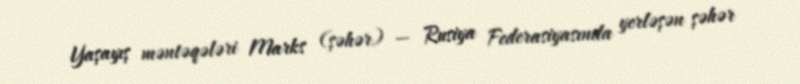
Yaşayış məntəqələri Marks (şəhər) — Rusiya Federasiyasında yerləşən şəhər